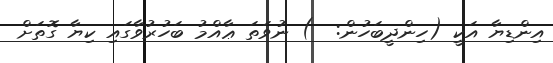
އިންޑިޔާ އަކީ (ހިންދީބަހުން:  ) ނުވަތަ ޢާއްމު ބަހުރުވާގައި ކިޔާ ގޮތަށް